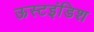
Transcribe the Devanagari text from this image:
ऊस्टइंडिश